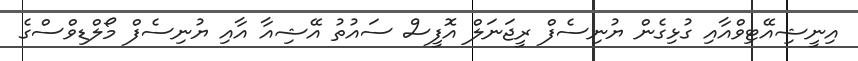
އިނީޝިއޭޓިވްއާއި ގުޅިގެން ޔުނިސެފް ރީޖަނަލް އޮފީސް ސައުތު އޭޝިއާ އާއި ޔުނިސެފް މޯލްޑިވްސްގެ